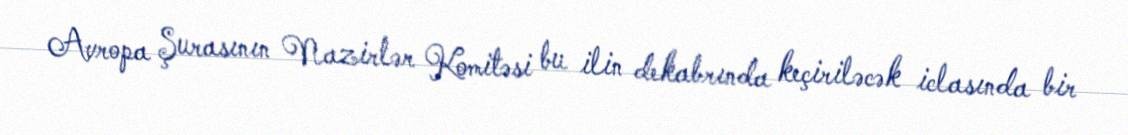
Avropa Şurasının Nazirlər Komitəsi bu ilin dekabrında keçiriləcək iclasında bir